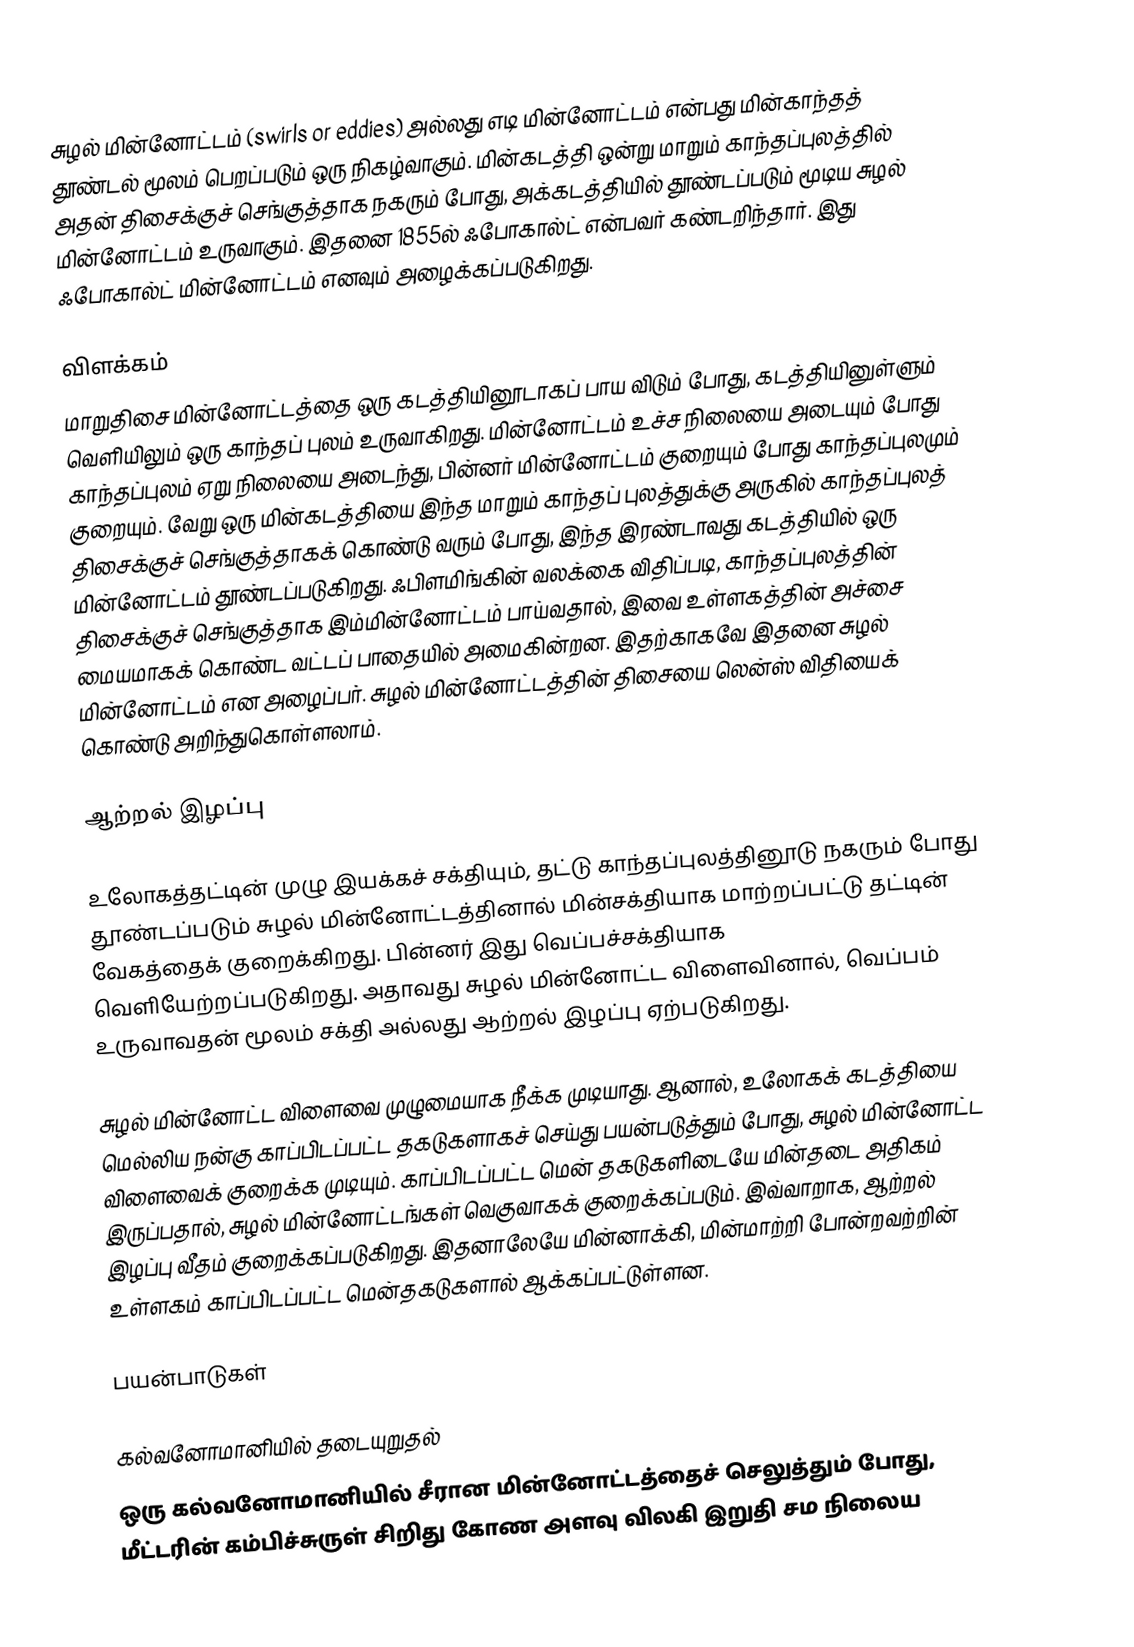
சுழல் மின்னோட்டம் (swirls or eddies) அல்லது எடி மின்னோட்டம் என்பது மின்காந்தத் தூண்டல் மூலம் பெறப்படும் ஒரு நிகழ்வாகும். மின்கடத்தி ஒன்று மாறும் காந்தப்புலத்தில் அதன் திசைக்குச் செங்குத்தாக நகரும் போது, அக்கடத்தியில் தூண்டப்படும் மூடிய சுழல் மின்னோட்டம் உருவாகும். இதனை 1855ல் ஃபோகால்ட் என்பவர் கண்டறிந்தார். இது ஃபோகால்ட் மின்னோட்டம் எனவும் அழைக்கப்படுகிறது.

விளக்கம்
மாறுதிசை மின்னோட்டத்தை ஒரு கடத்தியினூடாகப் பாய விடும் போது, கடத்தியினுள்ளும் வெளியிலும் ஒரு காந்தப் புலம் உருவாகிறது. மின்னோட்டம் உச்ச நிலையை அடையும் போது காந்தப்புலம் ஏறு நிலையை அடைந்து, பின்னர் மின்னோட்டம் குறையும் போது காந்தப்புலமும் குறையும். வேறு ஒரு மின்கடத்தியை இந்த மாறும் காந்தப் புலத்துக்கு அருகில் காந்தப்புலத் திசைக்குச் செங்குத்தாகக் கொண்டு வரும் போது, இந்த இரண்டாவது கடத்தியில் ஒரு மின்னோட்டம் தூண்டப்படுகிறது. ஃபிளமிங்கின் வலக்கை விதிப்படி, காந்தப்புலத்தின் திசைக்குச் செங்குத்தாக இம்மின்னோட்டம் பாய்வதால், இவை உள்ளகத்தின் அச்சை மையமாகக் கொண்ட வட்டப் பாதையில் அமைகின்றன. இதற்காகவே இதனை சுழல் மின்னோட்டம் என அழைப்பர். சுழல் மின்னோட்டத்தின் திசையை லென்ஸ் விதியைக் கொண்டு அறிந்துகொள்ளலாம்.

ஆற்றல் இழப்பு

உலோகத்தட்டின் முழு இயக்கச் சக்தியும், தட்டு காந்தப்புலத்தினூடு நகரும் போது தூண்டப்படும் சுழல் மின்னோட்டத்தினால் மின்சக்தியாக மாற்றப்பட்டு தட்டின் வேகத்தைக் குறைக்கிறது. பின்னர் இது வெப்பச்சக்தியாக வெளியேற்றப்படுகிறது. அதாவது சுழல் மின்னோட்ட விளைவினால், வெப்பம் உருவாவதன் மூலம் சக்தி அல்லது ஆற்றல் இழப்பு ஏற்படுகிறது.

சுழல் மின்னோட்ட விளைவை முழுமையாக நீக்க முடியாது. ஆனால், உலோகக் கடத்தியை மெல்லிய நன்கு காப்பிடப்பட்ட தகடுகளாகச் செய்து பயன்படுத்தும் போது, சுழல் மின்னோட்ட விளைவைக் குறைக்க முடியும். காப்பிடப்பட்ட மென் தகடுகளிடையே மின்தடை அதிகம் இருப்பதால், சுழல் மின்னோட்டங்கள் வெகுவாகக் குறைக்கப்படும். இவ்வாறாக, ஆற்றல் இழப்பு வீதம் குறைக்கப்படுகிறது. இதனாலேயே மின்னாக்கி, மின்மாற்றி போன்றவற்றின் உள்ளகம் காப்பிடப்பட்ட மென்தகடுகளால் ஆக்கப்பட்டுள்ளன.

பயன்பாடுகள்

கல்வனோமானியில் தடையுறுதல்
ஒரு கல்வனோமானியில் சீரான மின்னோட்டத்தைச் செலுத்தும் போது, மீட்டரின் கம்பிச்சுருள் சிறிது கோண அளவு விலகி இறுதி சம நிலைய